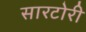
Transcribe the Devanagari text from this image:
सारटोरी